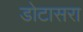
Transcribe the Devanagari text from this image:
डोटासरा